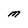
Character: M